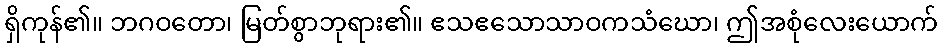
ရှိကုန်၏။ ဘဂဝတော၊ မြတ်စွာဘုရား၏။ ဧသဧသောသာဝကသံဃော၊ ဤအစုံလေးယောက်